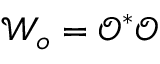
\mathcal { W } _ { o } = \mathscr { O } ^ { * } \mathscr { O }